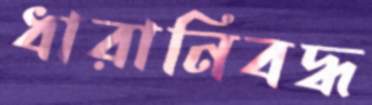
ধারানিবদ্ধ